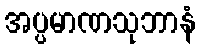
အပ္ပမာဏသုဘာနံ